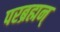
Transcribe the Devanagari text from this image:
परब्रह्मन्